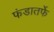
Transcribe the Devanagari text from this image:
फंडातर्फे